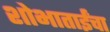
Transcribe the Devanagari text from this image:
शोभाताईंचा